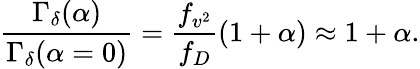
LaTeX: \frac{\Gamma_{\delta}(\alpha)}{\Gamma_{\delta}(\alpha=0)}=\frac{f_{v^{2}}}{f_{D}}(1+\alpha)\approx 1+\alpha.